Indian journal of veterinary science and animal husbandry - Volumes 26-27, 1956-1957
Year: 1956
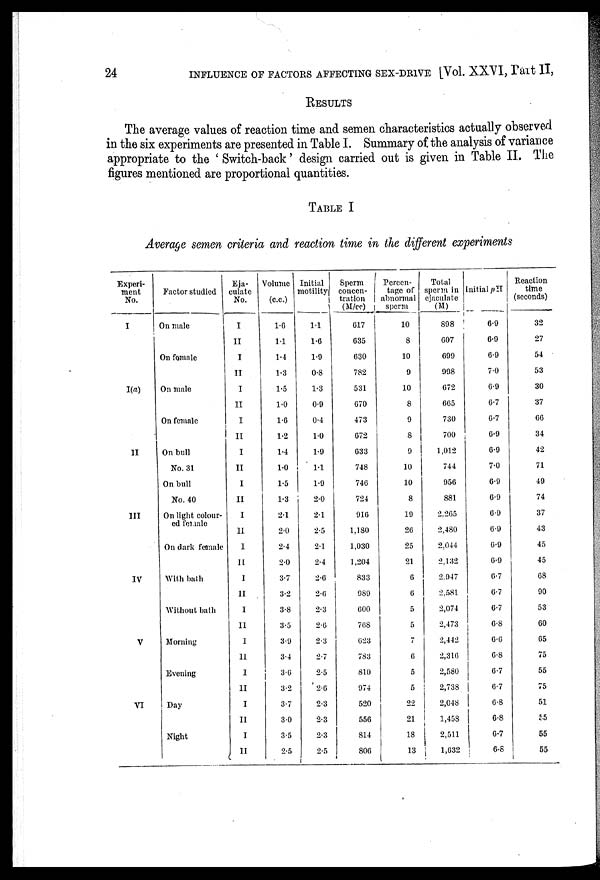
24
INFLUENCE OF FACTORS AFFECTING SEX-DRIVE [Vol. XXVI, Part II,
RESULTS
The average values of reaction time and semen characteristics actually observed
in the six experiments are presented in Table I. Summary of the analysis of variance
appropriate to the ' Switch-back' design carried out is given in Table II. The
figures mentioned are proportional quantities.
TABLE I
Average semen criteria and reaction time in the different experiments
Experi-
ment
No.
I
I(a)
II
III
IV
V
VI
Factor studied
On male
On female
On male
On female
On bull
No. 31
On bull
No. 40
On light colour-
ed female
On dark female
With bath
Without bath
Morning
Evening
Day
Night
Eja-
culate
No.
I
II
I
II
I
II
I
II
I
II
I
II
I
II
I
II
I
II
II
II
I
II
I
II
I
II
I
II
Volume
(c.c.)
1.6
1.1
1.4
1.3
1.5
1.0
1.6
1.2
1.4
1.0
1.5
1.3
2.1
2.0
2.4
2.0
3.7
3.2
3.8
3.5
3.9
3.4
3.6
3.2
3.7
3.0
3.5
2.5
Initial
motility
1.1
1.6
1.9
0.8
1.3
0.9
0.4
1.0
1.9
1.4
1.9
2.0
2.1
2.5
2.1
2.4
2.6
2.6
2.3
2.6
2.3
2.7
2.5
2.6
2.3
2.3
2.3
2.5
Sperm
concen-
tration
(M/cc)
617
635
630
782
531
670
473
672
633
748
746
724
916
1,180
1,030
1,204
833
989
600
768
623
783
810
974
520
556
814
806
Percen-
tage of
abnormal
sperm
10
8
10
9
10
8
9
8
9
10
10
8
19
26
25
21
6
6
5
5
7
6
5
5
22
21
18
13
Total
sperm in
ejaculate
(M)
898
607
699
998
672
665
730
700
1,012
744
956
881
2,265
2,480
2,044
2,132
2,947
2,581
2,074
2,473
2,442
2,316
2,580
2,738
2,048
1,458
2,511
1,632
Initial pH
6.9
6.9
6.9
7.0
6.9
6.7
6.7
6.9
6. 9
7.0
6.9
6. 9
6.9
6.9
6.9
6.9
6.7
6.7
6.7
6.8
6.6
6.8
6.7
6.7
6.8
6.8
6.7
6.8
Reaction
time
(seconds)
32
27
54
53
30
37
66
34
42
71
49
74
37
43
45
45
68
90
53
60
65
75
55
75
51
55
55
55